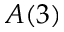
A ( 3 )